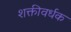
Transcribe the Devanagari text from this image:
शक्तीवर्धक